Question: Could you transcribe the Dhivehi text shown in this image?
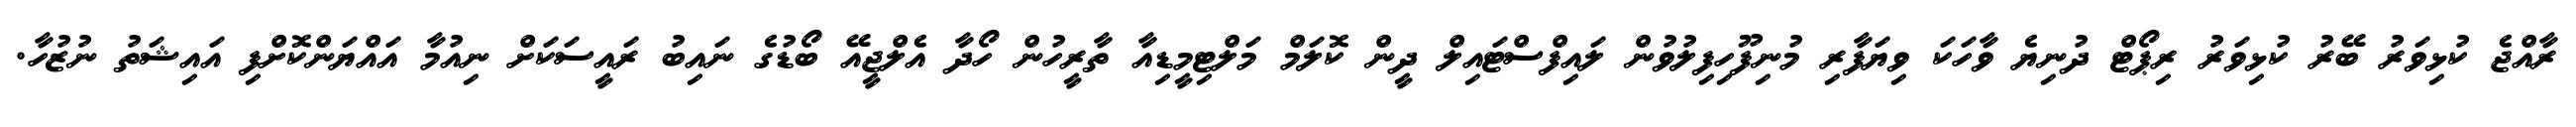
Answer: ރާއްޖެ ކުޅިވަރު ބޭރު ކުޅިވަރު ރިޕޯޓް ދުނިޔެ ވާހަކަ ވިޔަފާރި މުނިފޫހިފިލުވުން ލައިފްސްޓައިލް ދީން ކޮލަމް މަލްޓިމީޑިއާ ތާރީހުން ހޯދާ އެލްޖީއޭ ބޯޑުގެ ނައިބު ރައީސަކަށް ނިއުމާ އައްޔަންކޮށްފި އައިޝަތު ނުޒުހާ.